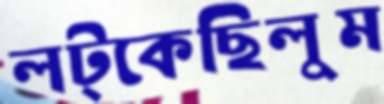
লট্‌কেছিলুম